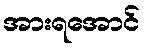
အားရအောင်